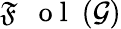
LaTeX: {\mathfrak{F}\mathrm{~\textbf~{~o~l~}~}}(\mathcal{G})